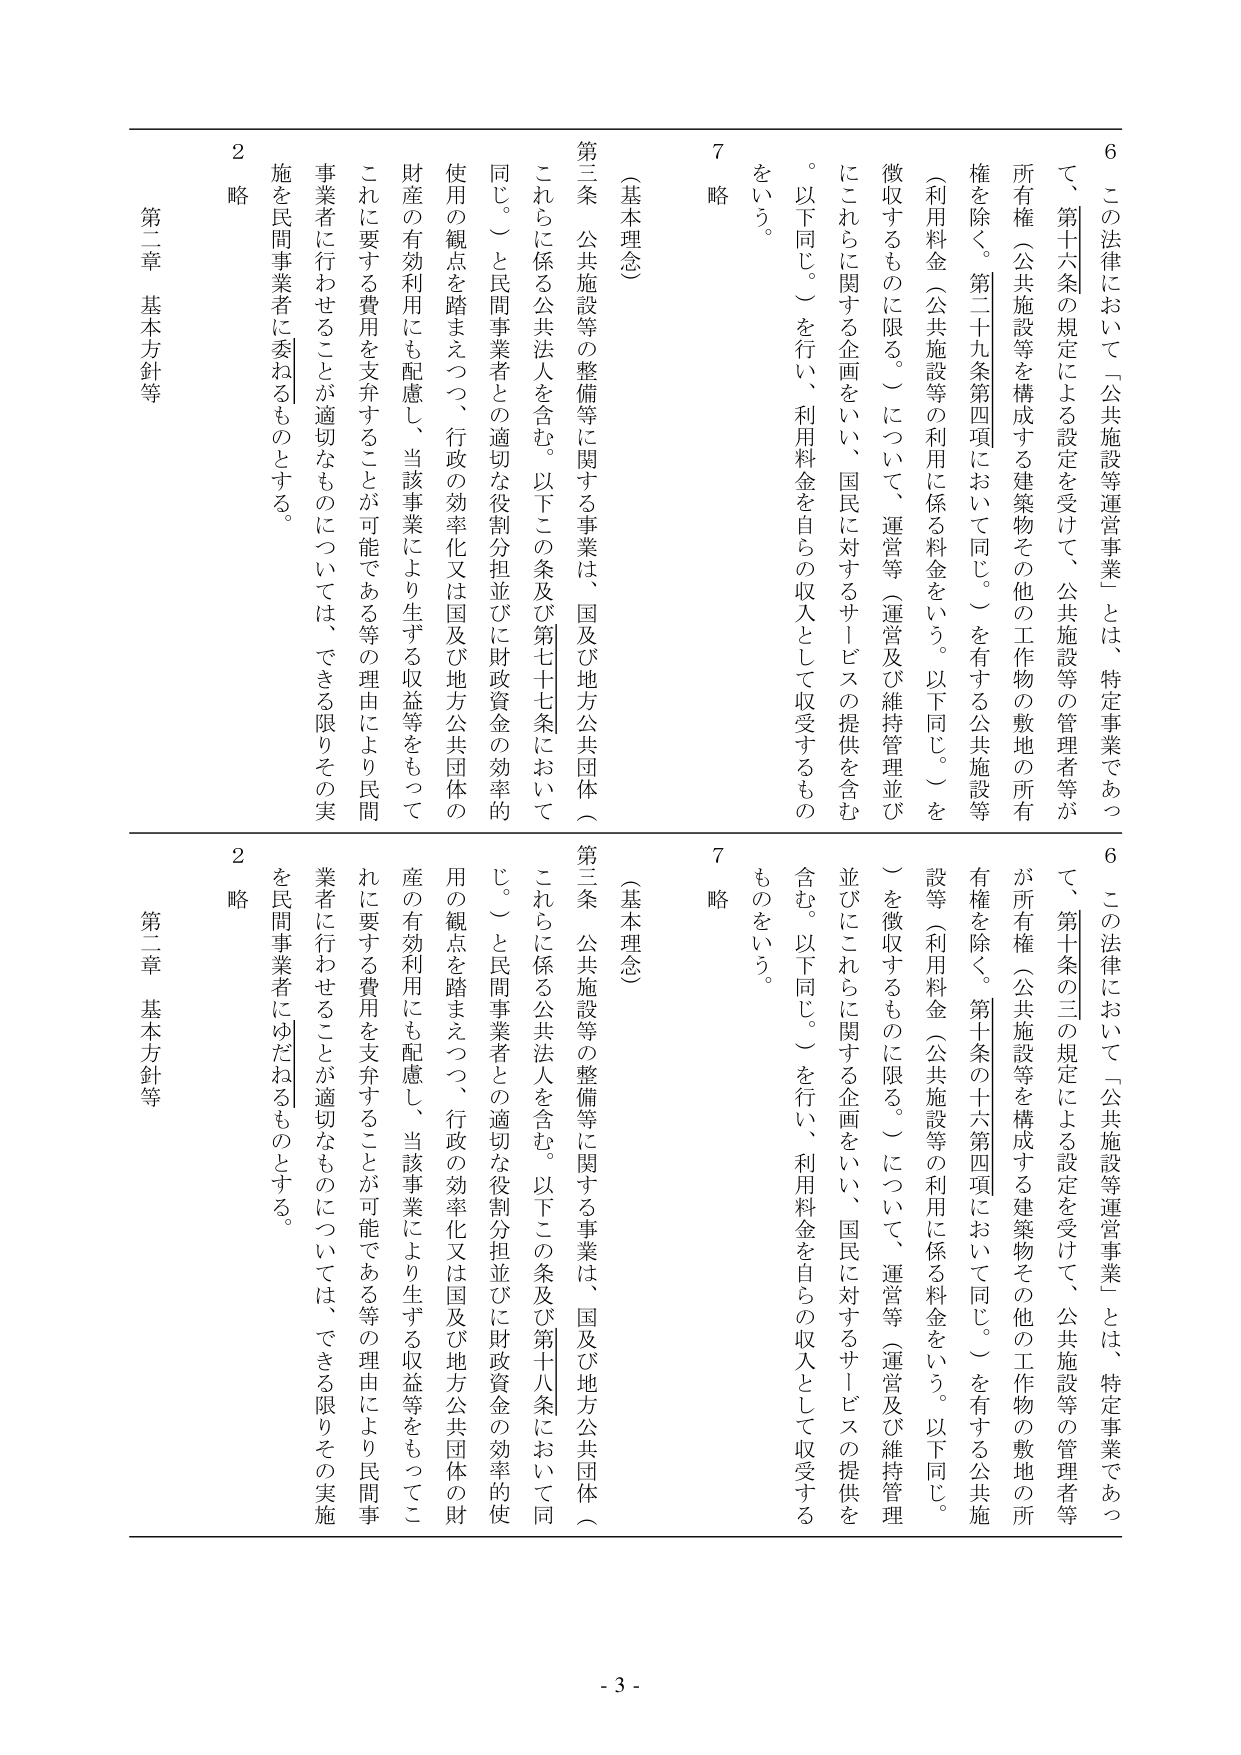
6 この法律において「公共施設等運営事業」とは、特定事業であつて、第十六条の規定による設定を受けて、公共施設等の管理者等が所有権（公共施設等を構成する建築物その他の工作物の敷地の所有権を除く。第二十九条第四項において同じ。）を有する公共施設等（利用料金（公共施設等の利用に係る料金をいう。以下同じ。）を徴収するものに限る。）について、運営等（運営及び維持管理並びにこれらに関する企画をいい、国民に対するサービスの提供を含む。以下同じ。）を行い、利用料金を自らの収入として収受するものをいう。

7 略

（基本理念）

第三条 公共施設等の整備等に関する事業は、国及び地方公共団体（これらに係る公法人を含む。以下この条及び第七十七条において同じ。）と民間事業者との適切な役割分担並びに財政資金の効率的使用の観点を踏まえつつ、行政の効率化又は国及び地方公共団体の財産の有効利用にも配慮し、当該事業により生ずる収益等をもってこれに要する費用を支弁することが可能である等の理由により民間事業者に行わせることが適切なものについては、できる限りその実施を民間事業者に委ねるものとする。

2 略

第二章 基本方針等

6 この法律において「公共施設等運営事業」とは、特定事業であつて、第十条の三の規定による設定を受けて、公共施設等の管理者等が所有権（公共施設等を構成する建築物その他の工作物の敷地の所有権を除く。第十条の十六第四項において同じ。）を有する公共施設等（利用料金（公共施設等の利用に係る料金をいう。以下同じ。）を徴収するものに限る。）について、運営等（運営及び維持管理並びにこれらに関する企画をいい、国民に対するサービスの提供を含む。以下同じ。）を行い、利用料金を自らの収入として収受するものをいう。

7 略

（基本理念）

第三条 公共施設等の整備等に関する事業は、国及び地方公共団体（これらに係る公法人を含む。以下この条及び第十八条において同じ。）と民間事業者との適切な役割分担並びに財政資金の効率的使用の観点を踏まえつつ、行政の効率化又は国及び地方公共団体の財産の有効利用にも配慮し、当該事業により生ずる収益等をもってこれに要する費用を支弁することが可能である等の理由により民間事業者に行わせることが適切なものについては、できる限りその実施を民間事業者にゆだねるものとする。

2 略

第二章 基本方針等

- 3 -